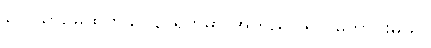
လေယာဉ်မထွက်ခင် ၃ ရက်မှာ အတည်ပြုရင် ကောင်းမယ်။